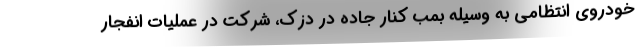
خودروی انتظامی به وسیله بمب کنار جاده در دزک، شرکت در عملیات انفجار